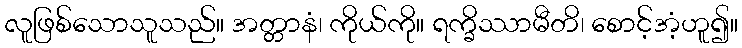
လူဖြစ်သောသူသည်။ အတ္တာနံ၊ ကိုယ်ကို။ ရက္ခိဿာမီတိ၊ စောင့်အံ့ဟူ၍။